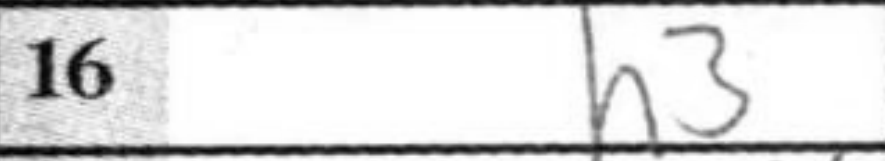
Transcription: h3